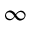
\infty